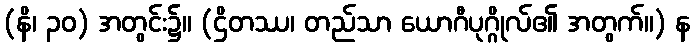
(နိ၊ ၃၀) အတွင်း၌။ (ဌိတဿ၊ တည်သာ ယောဂီပုဂ္ဂိုလ်၏ အတွက်။) န